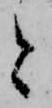
と